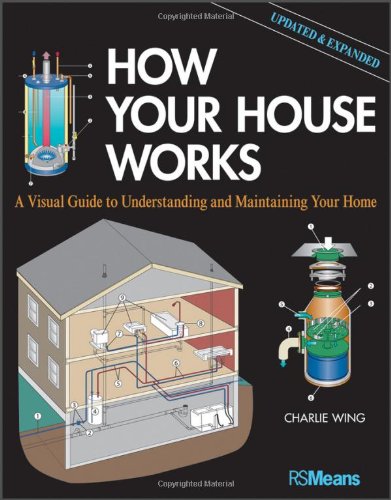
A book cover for How Your House Works: A Visual Guide to Understanding and Maintaining Your Home, Updated and Expanded; Charlie Wing; Crafts, Hobbies & Home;